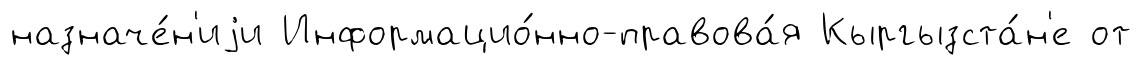
назначе́н'иjи Информацио́нно-правова́я Кыргызста́н'е от